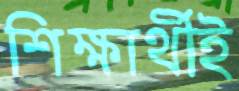
শিক্ষার্থীই